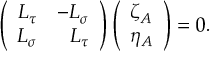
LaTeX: \left( \begin{array} { r r } { { L _ { \tau } } } & { { - L _ { \sigma } } } \\ { { L _ { \sigma } } } & { { L _ { \tau } } } \end{array} \right) \left( \begin{array} { l } { { \zeta _ { A } } } \\ { { \eta _ { A } } } \end{array} \right) = 0 .